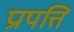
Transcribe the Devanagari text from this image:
प्रापत्ति